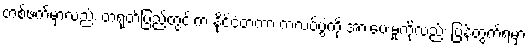
တစ်ဖက်မှာလည်း တရုတ်ပြည်တွင်းက နိုင်ငံတကာ ကလပ်ပွဲကို အားပေးမှုကိုလည်း ပြန်တွက်ရမှာ